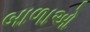
બાળાઓ